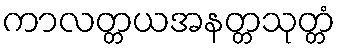
ကာလတ္တယအနတ္တသုတ္တံ